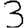
Digit: 3